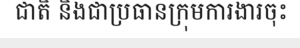
ជាតិ និងជាប្រធានក្រុមការងារចុះ